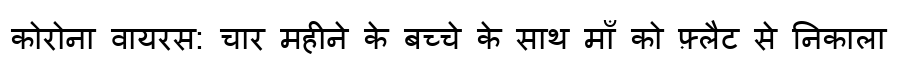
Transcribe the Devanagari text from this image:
कोरोना वायरस: चार महीने के बच्चे के साथ माँ को फ़्लैट से निकाला